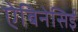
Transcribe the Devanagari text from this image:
ऐबिनेसिई